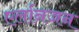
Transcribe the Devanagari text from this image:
एर्लानजन